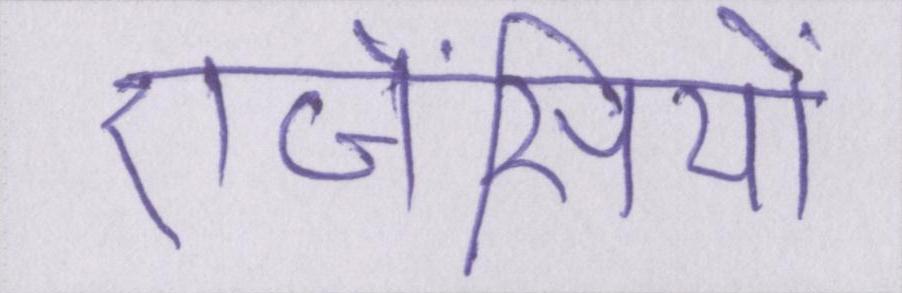
एजेंसियों